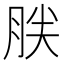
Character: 𰮤